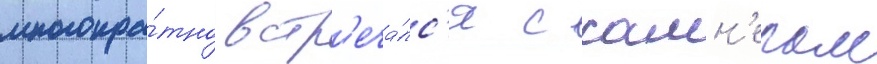
многокра́тно встр'еча́лс'я с самн'ером